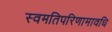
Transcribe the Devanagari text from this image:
स्वमतिपरिणामावधि